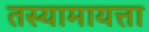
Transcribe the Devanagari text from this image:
तस्यामायत्ता